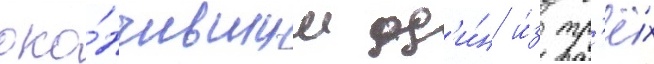
око́нчившим од'и́н и́з тр'ё́х